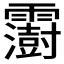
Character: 𩆩